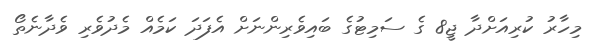
މިހާރު ކުރިއަށްދާ ޖީ8 ގެ ސަމިޓުގެ ބައިވެރިންނަށް އެފަދަ ކަމެއް މެދުވެރި ވެދާނެތޯ